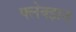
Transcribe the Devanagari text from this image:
फ्लेक्झन